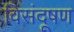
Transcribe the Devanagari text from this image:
विसंदूषण